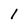
Character: l